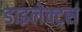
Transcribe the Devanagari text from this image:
डाइलेक्ट्स